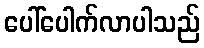
ပေါ်ပေါက်လာပါသည်